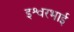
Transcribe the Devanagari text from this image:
इश्वरभाई